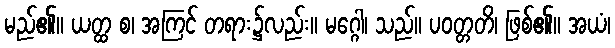
မည်၏။ ယတ္ထ စ၊ အကြင် တရား၌လည်း။ မဂ္ဂေါ၊ သည်။ ပဝတ္တတိ၊ ဖြစ်၏။ အယံ၊